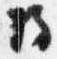
将